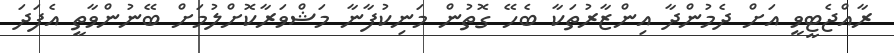
ރާއްޖެޓީވީ އަށް ދެމުންދާ އިންޒާރުތަކާ ބެހޭ ގޮތުން މަނިކުފާނާ މަޝްވަރާކޮށްލުމަށް ބޭނުންވާތީ އެފަދަ